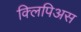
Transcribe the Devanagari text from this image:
क्लिपिअस